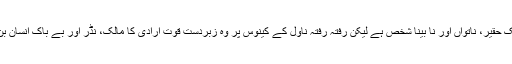
سورداس بظاہر ایک حقیر، ناتواں اور نا بینا شخص ہے لیکن رفتہ رفتہ ناول کے کینوس پر وہ زبردست قوتِ ارادی کا مالک، نڈر اور بے باک انسان بن کر چھا جاتا ہے۔